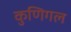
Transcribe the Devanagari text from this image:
कुणिगल